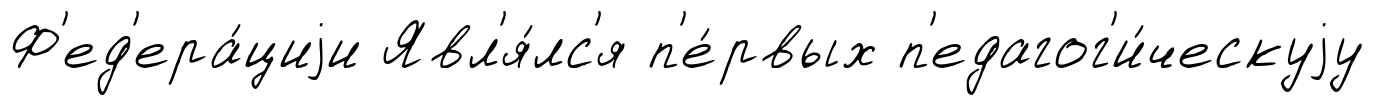
Ф'ед'ера́циjи Явл'я́лс'я п'е́рвых п'едагог'и́ческуjу